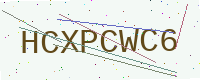
Text: HCXPCWC6